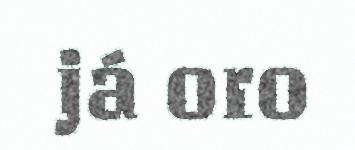
já oro